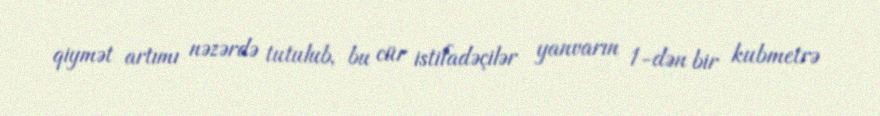
qiymət artımı nəzərdə tutulub, bu cür istifadəçilər yanvarın 1-dən bir kubmetrə